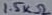
Text: 1.5kΩ